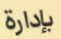
بإدارة